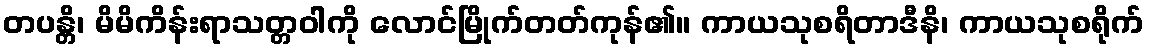
တပန္တိ၊ မိမိကိန်းရာသတ္တဝါကို လောင်မြိုက်တတ်ကုန်၏။ ကာယသုစရိတာဒီနိ၊ ကာယသုစရိုက်